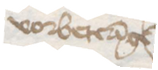
vorbetereinge